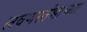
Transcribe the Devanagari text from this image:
लवणस्तंभाच्या